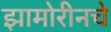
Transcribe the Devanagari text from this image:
झामोरीनचे